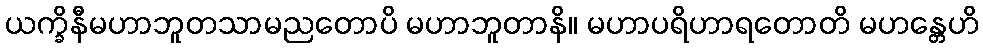
ယက္ခိနီမဟာဘူတသာမညတောပိ မဟာဘူတာနိ။ မဟာပရိဟာရတောတိ မဟန္တေဟိ